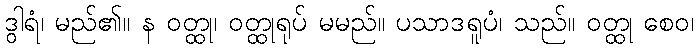
ဒွါရံ၊ မည်၏။ န ဝတ္ထု၊ ဝတ္ထုရုပ် မမည်။ ပသာဒရူပံ၊ သည်။ ဝတ္ထု စေဝ၊